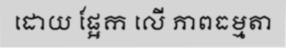
ដោយ ផ្អែក លើ ភាពធម្មតា